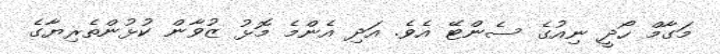
މަގާމް ހޯދީ ނިއުގެ ސެންޓޭ އެވެ. އަދި އެންމެ މޮޅު ޒުވާން ކުޅުންތެރިޔާގެ